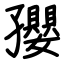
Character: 孾